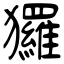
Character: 玀